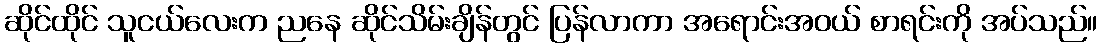
ဆိုင်ထိုင် သူငယ်လေးက ညနေ ဆိုင်သိမ်းချိန်တွင် ပြန်လာကာ အရောင်းအဝယ် စာရင်းကို အပ်သည်။